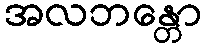
အလဘန္တော